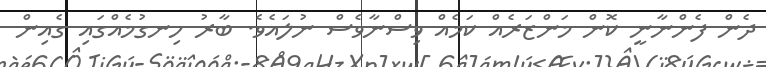
ދެން ފެންނާނީ ކޮން މަންޒަރެއް ކަމެއް ވިސްނާވެސް ނުލައެވެ. ބާރު ހިނގުމެއްގައި ގެއިން